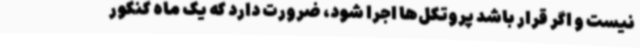
نیست و اگر قرار باشد پروتکل‌ها اجرا شود، ضرورت دارد که یک ماه کنکور